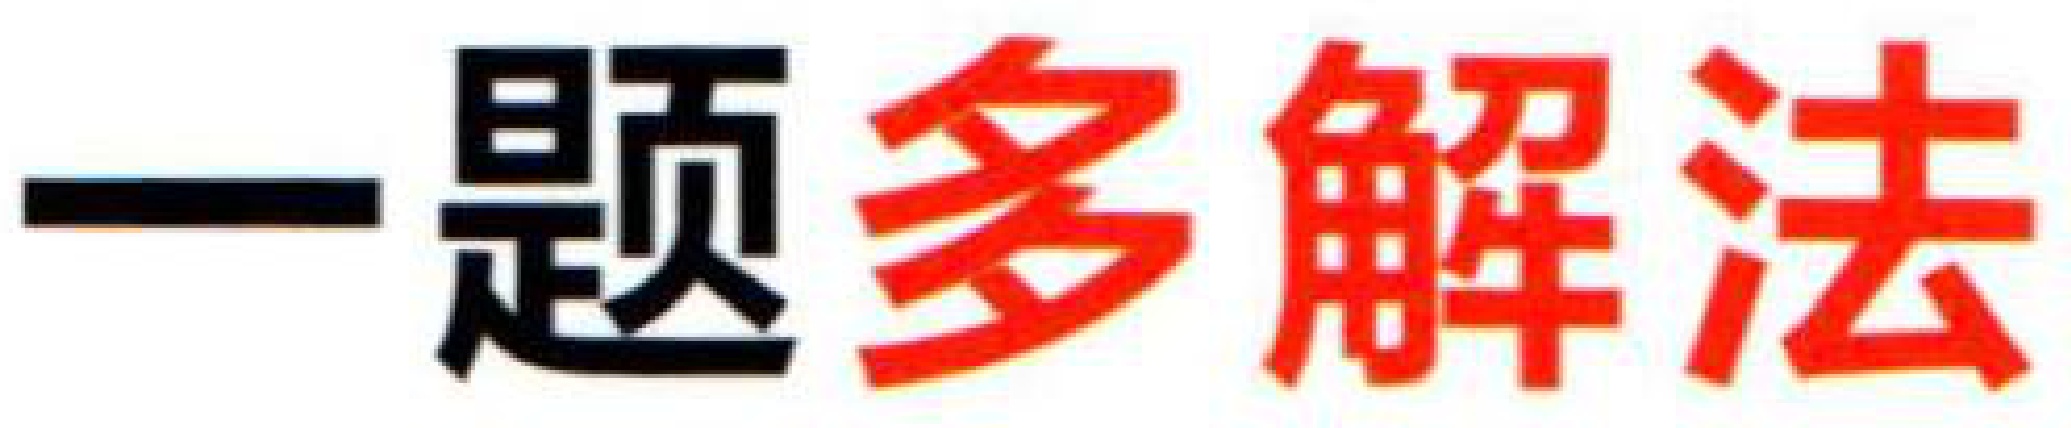
一题多解法